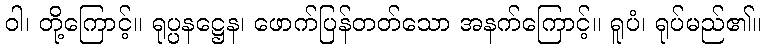
ဝါ၊ တို့ကြောင့်။ ရုပ္ပနဋ္ဌေန၊ ဖောက်ပြန်တတ်သော အနက်ကြောင့်။ ရူပံ၊ ရုပ်မည်၏။